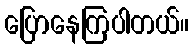
ပြောနေကြပါတယ်။